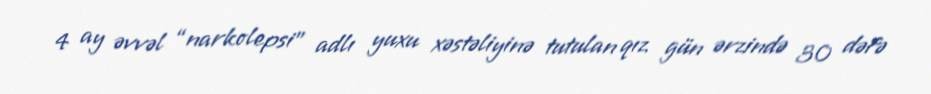
4 ay əvvəl “narkolepsi” adlı yuxu xəstəliyinə tutulan qız gün ərzində 30 dəfə